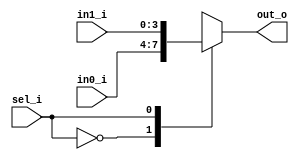
`timescale 1ns / 1ps
//////////////////////////////////////////////////////////////////////////////////
// Company: 
// Engineer: 
// 
// Design Name: 
// Module Name: mux_2_1
// Project Name: 
// Target Devices: 
// Tool Versions: 
// Description: 
// 
// Dependencies: 
// 
// Revision:
// Revision 0.01 - File Created
// Additional Comments:
// 
//////////////////////////////////////////////////////////////////////////////////


module mux_2_4(
    input [3:0] in0_i,
    input [3:0] in1_i,
    input sel_i,
    output reg [3:0] out_o
);

always @(*)
begin
    case(sel_i)
        1'b0: out_o = in0_i;
        1'b1: out_o = in1_i;
    endcase
end

endmodule